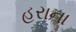
હરાના